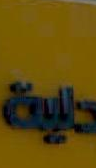
بة